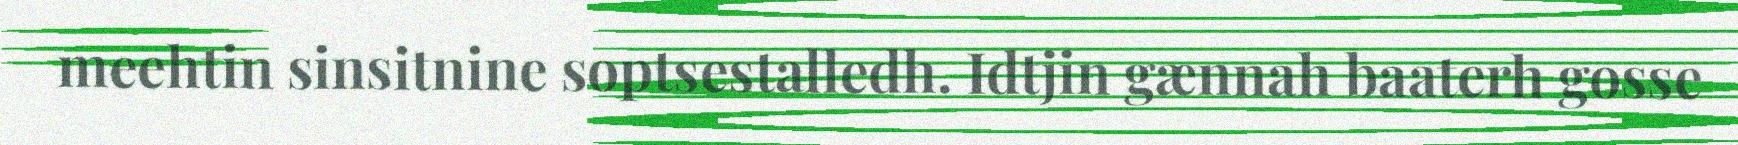
meehtin sinsitnine soptsestalledh. Idtjin gænnah baaterh gosse